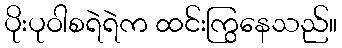
ပိုးပုဝါစရဲရဲက ထင်းကြွနေသည်။